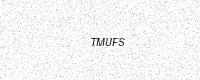
Text: TMUFS